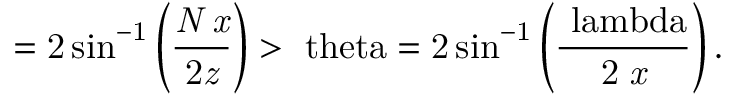
\it { \Omega } = \mathrm { { } 2 \sin ^ { - 1 } \left( \frac { \it { N \Delta x } } { 2 \it { z } } \right) > \ t h e t a = \mathrm { { } 2 \sin ^ { - 1 } \left( \frac { \ l a m b d a } { 2 \it { \Delta } x } \right) . } }